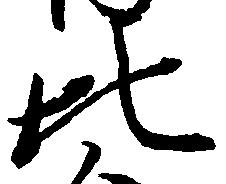
比